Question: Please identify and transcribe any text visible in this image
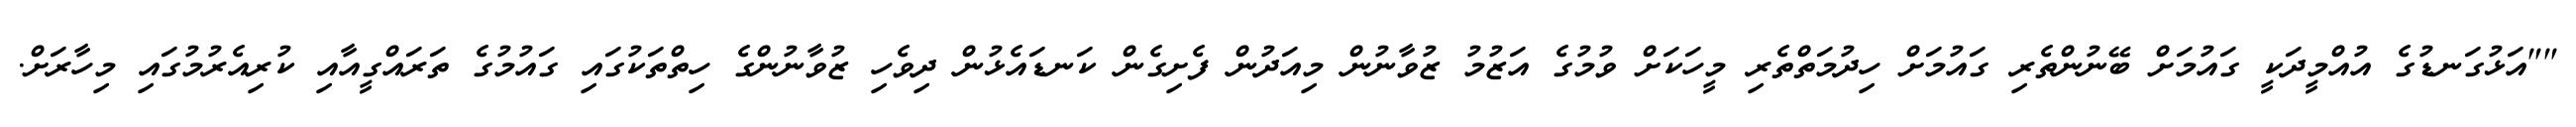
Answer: ""އަޅުގަނޑުގެ އުއްމީދަކީ ގައުމަށް ބޭނުންތެރި ގައުމަށް ހިދުމަތްތެރި މީހަކަށް ވުމުގެ އަޒުމު ޒުވާނުން މިއަދުން ފެށިގެން ކަނޑައެޅުން ދިވެހި ޒުވާނުންގެ ހިތްތަކުގައި ގައުމުގެ ތަރައްގީއާއި ކުރިއެރުމުގައި މިހާރަށް.